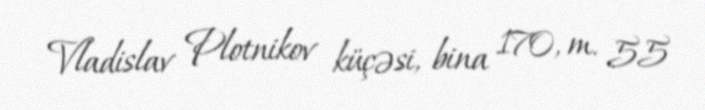
Vladislav Plotnikov küçəsi, bina 170, m. 55